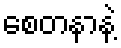
စေတနာနဲ့